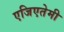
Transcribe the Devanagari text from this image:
एजिएतेमी